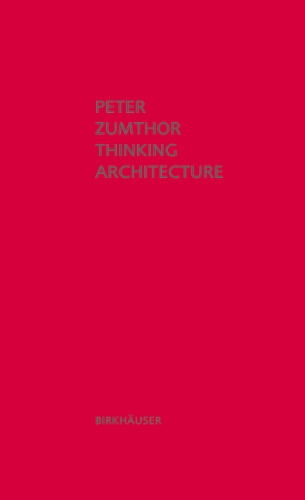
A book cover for Thinking Architecture, 3rd Edition; Peter Zumthor; Arts & Photography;